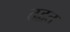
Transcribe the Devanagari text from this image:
तद्वत